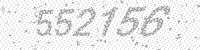
Solution: 552156